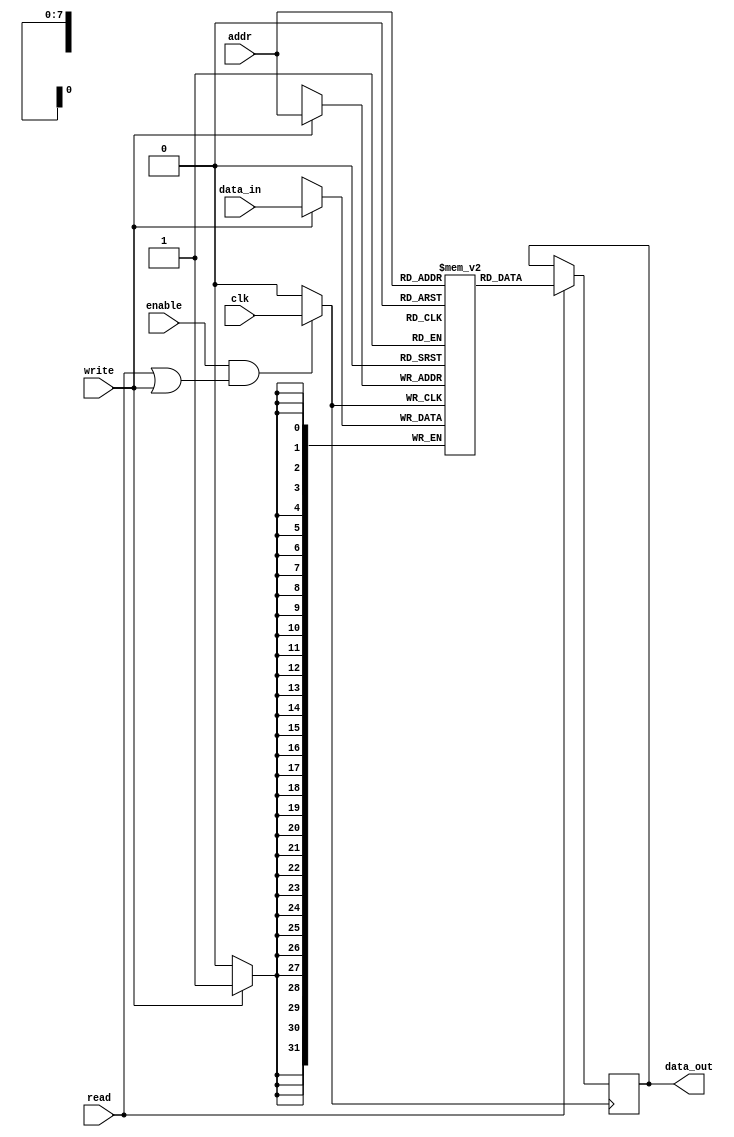
module memory_block (
    input wire clk,          // Primary clock input
    input wire enable,       // Enable signal for memory block
    input wire read,         // Read operation signal
    input wire write,        // Write operation signal
    input wire [7:0] addr,   // Address input
    input wire [31:0] data_in,// Data input for write operation
    output reg [31:0] data_out // Data output for read operation
);

    // Memory array
    reg [31:0] mem_array [255:0]; // 256 x 32-bit memory

    // Clock gating logic
    wire gated_clk;
    assign gated_clk = (enable && (read || write)) ? clk : 1'b0;

    // Memory operation
    always @(posedge gated_clk) begin
        if (write) begin
            mem_array[addr] <= data_in; // Write data to memory
        end
        if (read) begin
            data_out <= mem_array[addr]; // Read data from memory
        end
    end

endmodule